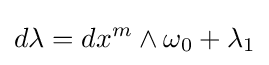
d\lambda =dx^{m}\wedge \omega _{0}+\lambda _{1}